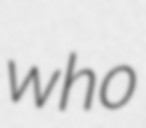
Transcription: who